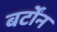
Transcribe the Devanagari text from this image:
बर्टोंन